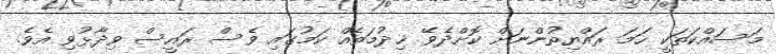
މަސައްކަތަކީ ހަމަ ރައްޔިތުންނަށް ކޮށްދެވޭ ޚިދުމަތެއް ކަމުގައި ވެސް ރައީސް ވިދާޅުވި އެވެ.